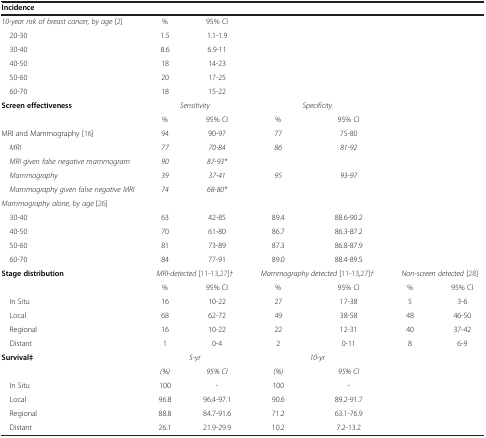
<table><thead><tr><td colspan="7"><b>Incidence</b></td></tr></thead><tbody><tr><td><i>10-year risk of breast cancer, by age </i>[2]</td><td>%</td><td>95% CI</td><td> </td><td> </td><td> </td><td> </td></tr><tr><td> 20-30</td><td>1.5</td><td>1.1-1.9</td><td> </td><td> </td><td> </td><td> </td></tr><tr><td> 30-40</td><td>8.6</td><td>6.9-11</td><td> </td><td> </td><td> </td><td> </td></tr><tr><td> 40-50</td><td>18</td><td>14-23</td><td> </td><td> </td><td> </td><td> </td></tr><tr><td> 50-60</td><td>20</td><td>17-25</td><td> </td><td> </td><td> </td><td> </td></tr><tr><td> 60-70</td><td>18</td><td>15-22</td><td> </td><td> </td><td> </td><td> </td></tr><tr><td><b>Screen effectiveness</b></td><td colspan="2"><i>Sensitivity</i></td><td colspan="2"><i>Specificity</i></td><td> </td><td> </td></tr><tr><td> </td><td>%</td><td>95% CI</td><td>%</td><td>95% CI</td><td> </td><td> </td></tr><tr><td>MRI and Mammography [16]</td><td>94</td><td>90-97</td><td>77</td><td>75-80</td><td> </td><td> </td></tr><tr><td> <i>MRI</i></td><td><i>77</i></td><td><i>70-84</i></td><td><i>86</i></td><td><i>81-92</i></td><td> </td><td> </td></tr><tr><td> <i>MRI given false negative mammogram</i></td><td><i>90</i></td><td><i>87-93*</i></td><td> </td><td> </td><td> </td><td> </td></tr><tr><td> <i>Mammography</i></td><td><i>39</i></td><td><i>37-41</i></td><td><i>95</i></td><td><i>93-97</i></td><td> </td><td> </td></tr><tr><td> <i>Mammography given false negative MRI</i></td><td><i>74</i></td><td><i>68-80*</i></td><td> </td><td> </td><td> </td><td> </td></tr><tr><td colspan="7"><i>Mammography alone, by age</i>[26]</td></tr><tr><td> 30-40</td><td>63</td><td>42-85</td><td>89.4</td><td>88.6-90.2</td><td> </td><td> </td></tr><tr><td> 40-50</td><td>70</td><td>61-80</td><td>86.7</td><td>86.3-87.2</td><td> </td><td> </td></tr><tr><td> 50-60</td><td>81</td><td>73-89</td><td>87.3</td><td>86.8-87.9</td><td> </td><td> </td></tr><tr><td> 60-70</td><td>84</td><td>77-91</td><td>89.0</td><td>88.4-89.5</td><td> </td><td> </td></tr><tr><td><b>Stage distribution</b></td><td colspan="2"><i>MRI-detected</i>[11-13,27]<i>†</i></td><td colspan="2"><i>Mammography detected</i>[11-13,27]<i>†</i></td><td colspan="2"><i>Non-screen detected</i>[28]</td></tr><tr><td> </td><td>%</td><td>95% CI</td><td>%</td><td>95% CI</td><td>%</td><td>95% CI</td></tr><tr><td> In Situ</td><td>16</td><td>10-22</td><td>27</td><td>17-38</td><td>5</td><td>3-6</td></tr><tr><td> Local</td><td>68</td><td>62-72</td><td>49</td><td>38-58</td><td>48</td><td>46-50</td></tr><tr><td> Regional</td><td>16</td><td>10-22</td><td>22</td><td>12-31</td><td>40</td><td>37-42</td></tr><tr><td> Distant</td><td>1</td><td>0-4</td><td>2</td><td>0-11</td><td>8</td><td>6-9</td></tr><tr><td><b>Survival‡</b></td><td colspan="2"><i>5-yr</i></td><td colspan="2"><i>10-yr</i></td><td> </td><td> </td></tr><tr><td> </td><td><i>(%)</i></td><td><i>95% CI</i></td><td><i>(%)</i></td><td><i>95% CI</i></td><td> </td><td> </td></tr><tr><td> In Situ</td><td>100</td><td>-</td><td>100</td><td>-</td><td> </td><td> </td></tr><tr><td> Local</td><td>96.8</td><td>96.4-97.1</td><td>90.6</td><td>89.2-91.7</td><td> </td><td> </td></tr><tr><td> Regional</td><td>88.8</td><td>84.7-91.6</td><td>71.2</td><td>63.1-76.9</td><td> </td><td> </td></tr><tr><td> Distant</td><td>26.1</td><td>21.9-29.9</td><td>10.2</td><td>7.2-13.2</td><td> </td><td> </td></tr></tbody></table>